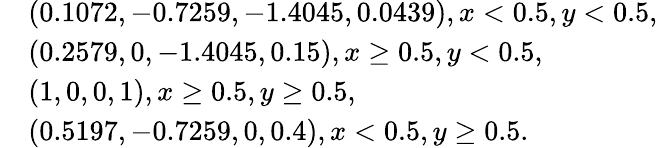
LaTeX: \begin{array}{rl}&{\left(0.1072,-0.7259,-1.4045,0.0439\right),x<0.5,y<0.5,}\\ &{\left(0.2579,0,-1.4045,0.15\right),x\ge 0.5,y<0.5,}\\ &{\left(1,0,0,1\right),x\ge 0.5,y\ge 0.5,}\\ &{\left(0.5197,-0.7259,0,0.4\right),x<0.5,y\ge 0.5.}\end{array}